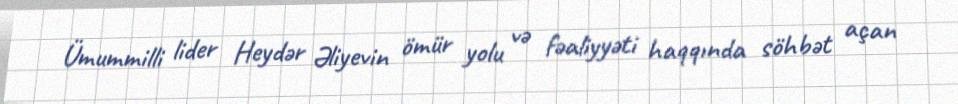
Ümummilli lider Heydər Əliyevin ömür yolu və fəaliyyəti haqqında söhbət açan